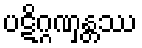
ပဋိဂ္ဂဏှန္တဿ